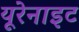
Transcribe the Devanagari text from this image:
यूरेनाइट